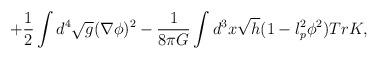
LaTeX: \begin{align*}+\frac{1}{2}\int d^4 \sqrt{g}(\nabla\phi)^2-\frac{1}{8\pi G}\int d^3 x\sqrt{h}(1-l_p^2\phi^2)TrK ,\end{align*}